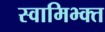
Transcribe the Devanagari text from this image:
स्वामिभ्क्त